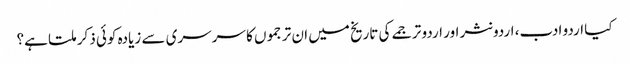
کیا اردو ادب، اردو نثر اور اردو ترجمے کی تاریخ میں ان ترجموں کا سرسری سے زیادہ کوئی ذکر ملتا ہے؟